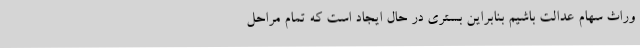
وراث سهام عدالت باشیم بنابراین بستری در حال ایجاد است که تمام مراحل